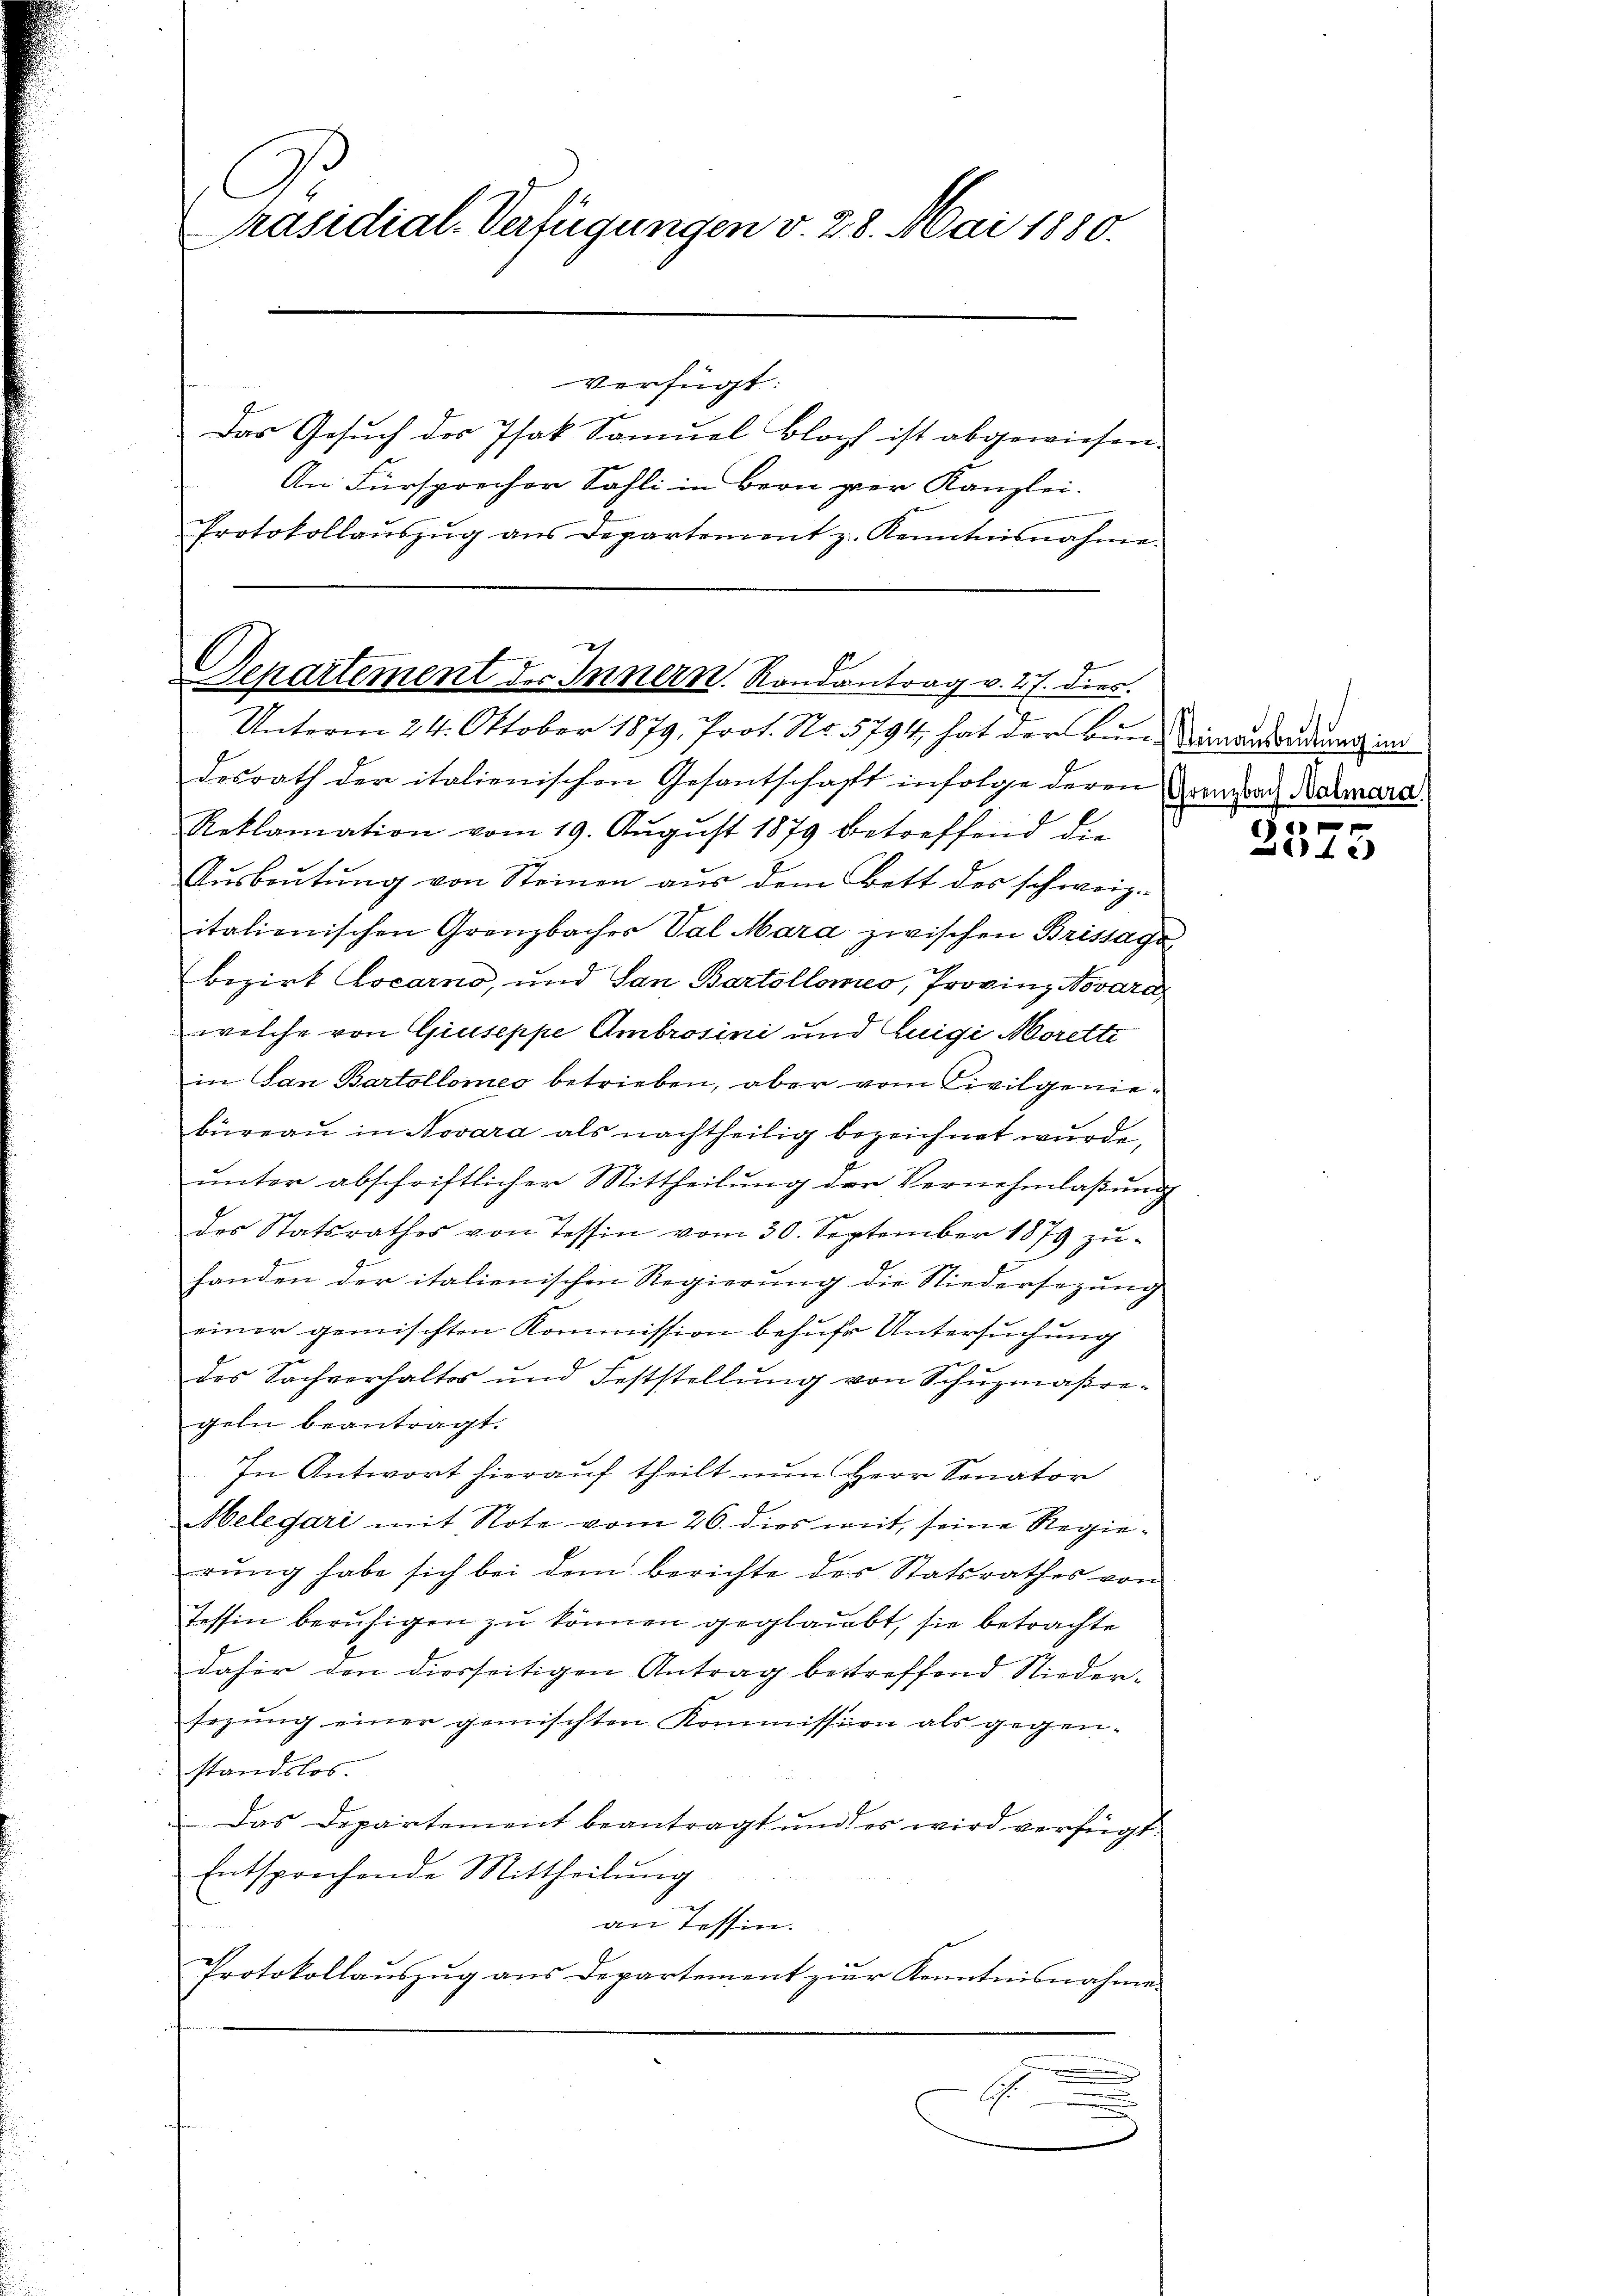
G.
räsidial-Verfügungen v. 28. Mai 1880.

verfügt:
Das Gesuch des Isak Samuel Bloch ist abgewiesen.
An Fürsprecher Sahli in Bern per Kanzlei.
Protokollaŭszŭg aŭs Departement z. Kenntnisnahme.

Departement des Innern. Randantrag v. 27. dies
Unterm 24. Oktober 1879, Prot. No. 5794, hat der bin Dienstandung im

dosrath der italienischen Gesantschaft infolge deren Kranzrath Komara
Reklamation vom 19. Aŭgŭst 1879 betreffend die
Aŭsbeutung von Steinen aus dem Bett des schweiz.
italienischen Grenzbacher Val Mara zwischen Brissage
bozirt Locarno, und San Bartollomeo, Provinz Novara
welche von Giuseppe Ambrosini und Luigi Morelte
in San Bartollomes betrieben, aber vom Civilgeniebüreaŭ in Novara als nachtheilig bezeichnet wurde,
ŭnter abschriftlicher Mittheilung der Vernehmlaßung
des Statsrathes von Tessin vom 30. September 1879 zŭ-
handen der italienischen Regierung die Niedersezung
einer gemischten Kommission befuhr Untersuchung
des Sachverhaltes und Feststellung von Schuzmaßregeln beantragt.
In Antwort hierauf theilt nun Herr Senator
Helegari mit Note vom 26. dies mit, seine Regierŭng habe sich bei dem berichte des Statsrathes von
Tessin beruhigen zu können geglaubt, sie betrachte
daher den diesseitigen Antrag betreffend Niedersezung einer gemischten Kommission als gegen-
standslos.
Das Departement beantragt und es wird verfügt:
Entsprochende Mittheilŭng
an Tessin.
Protokollauszug aus Departement zur Kenntnisnahme.

G
102)